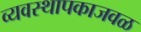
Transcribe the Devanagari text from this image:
व्यवस्थापकाजवळ